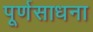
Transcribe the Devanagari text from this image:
पूर्णसाधना